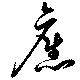
舊